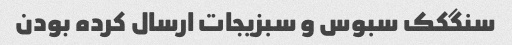
سنگکک سبوس و سبزیجات ارسال کرده بودن